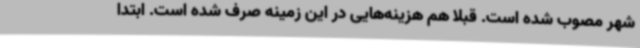
شهر مصوب شده است. قبلا هم هزینه‌هایی در این زمینه صرف شده است. ابتدا